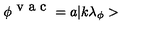
\phi ^ { \textrm { v a c } } = a | k \lambda _ { \phi } >